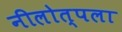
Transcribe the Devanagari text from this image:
नीलोत्पला